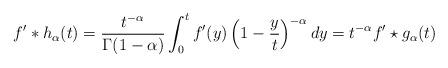
LaTeX: \begin{align*}f'*h_{\alpha}(t)=\frac{t^{-\alpha}}{\Gamma(1-\alpha)}\int_0^t f'(y)\left(1-\frac{y}{t}\right)^{-\alpha}dy =t^{-\alpha} f' \star g_{\alpha}(t)\end{align*}